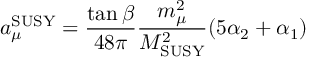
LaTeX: a _ { \mu } ^ { \mathrm { S U S Y } } = { \frac { \tan \beta } { 4 8 \pi } } { \frac { m _ { \mu } ^ { 2 } } { M _ { \mathrm { S U S Y } } ^ { 2 } } } ( 5 \alpha _ { 2 } + \alpha _ { 1 } )